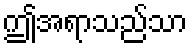
ဤအရာသည်သာ